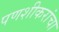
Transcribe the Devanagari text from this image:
पणशीकरांचा